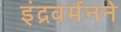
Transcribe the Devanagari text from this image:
इंद्रवर्मनने